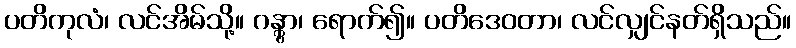
ပတိကုလံ၊ လင်အိမ်သို့။ ဂန္တွာ၊ ရောက်၍။ ပတိဒေဝတာ၊ လင်လျှင်နတ်ရှိသည်။